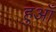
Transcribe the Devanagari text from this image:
हुआँ